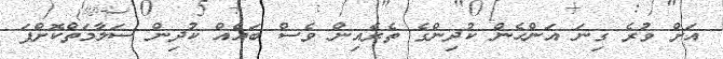
އަށް ވުރެ ގިނަ އަންހެން ކުދިންގެ ތެރެއިން ވެސް ބައެއް ކުދިން ސަލާމަތްކޮށްފަ